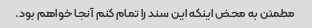
مطمئن به محض اینکه این سند را تمام کنم آنجا خواهم بود.